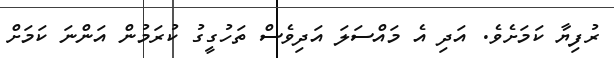
ރުފިޔާ ކަމަށެވެ. އަދި އެ މައްސަލަ އަދިވެސް ތަހުގީގު ކުރަމުން އަންނަ ކަމަށް